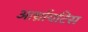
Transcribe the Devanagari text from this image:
आर्थ्रायटिस